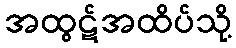
အထွဋ်အထိပ်သို့